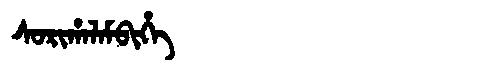
Manchu: ᠰᠣᡵᡳᡥᠠᠯᠠᠮᠪᡳᡥᡝ
Romanization: SORIHALAMBIHE